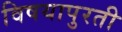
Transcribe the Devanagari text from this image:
विषयापुरती